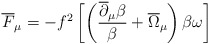
\begin{align*}\overline F_\mu = - f^2 \left[ \left(\frac{\overline\partial_\mu\beta}{\beta}+\overline\Omega_\mu\right)\beta\omega\right]\end{align*}